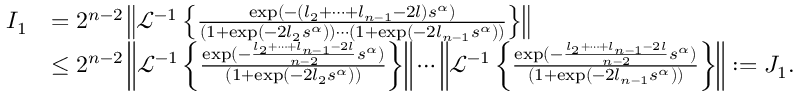
\begin{array} { r l } { I _ { 1 } } & { = 2 ^ { n - 2 } \left\| \mathcal { L } ^ { - 1 } \left\{ \frac { \exp ( - ( l _ { 2 } + \cdots + l _ { n - 1 } - 2 l ) s ^ { \alpha } ) } { ( 1 + \exp ( - 2 l _ { 2 } s ^ { \alpha } ) ) \cdots ( 1 + \exp ( - 2 l _ { n - 1 } s ^ { \alpha } ) ) } \right\} \right\| } \\ & { \leq 2 ^ { n - 2 } \left\| \mathcal { L } ^ { - 1 } \left\{ \frac { \exp ( - \frac { l _ { 2 } + \cdots + l _ { n - 1 } - 2 l } { n - 2 } s ^ { \alpha } ) } { ( 1 + \exp ( - 2 l _ { 2 } s ^ { \alpha } ) ) } \right\} \right\| \cdots \left\| \mathcal { L } ^ { - 1 } \left\{ \frac { \exp ( - \frac { l _ { 2 } + \cdots + l _ { n - 1 } - 2 l } { n - 2 } s ^ { \alpha } ) } { ( 1 + \exp ( - 2 l _ { n - 1 } s ^ { \alpha } ) ) } \right\} \right\| : = J _ { 1 } . } \end{array}